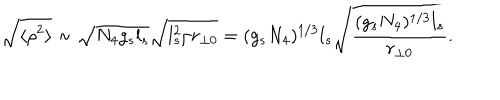
LaTeX: \sqrt { \langle \rho ^ { 2 } \rangle } \sim \sqrt { N _ { 4 } g _ { s } l _ { s } } \sqrt { l _ { s } ^ { 2 } / r _ { \perp 0 } } = ( g _ { s } N _ { 4 } ) ^ { 1 / 3 } l _ { s } \sqrt { \frac { ( g _ { s } N _ { 4 } ) ^ { 1 / 3 } l _ { s } } { r _ { \perp 0 } } } .